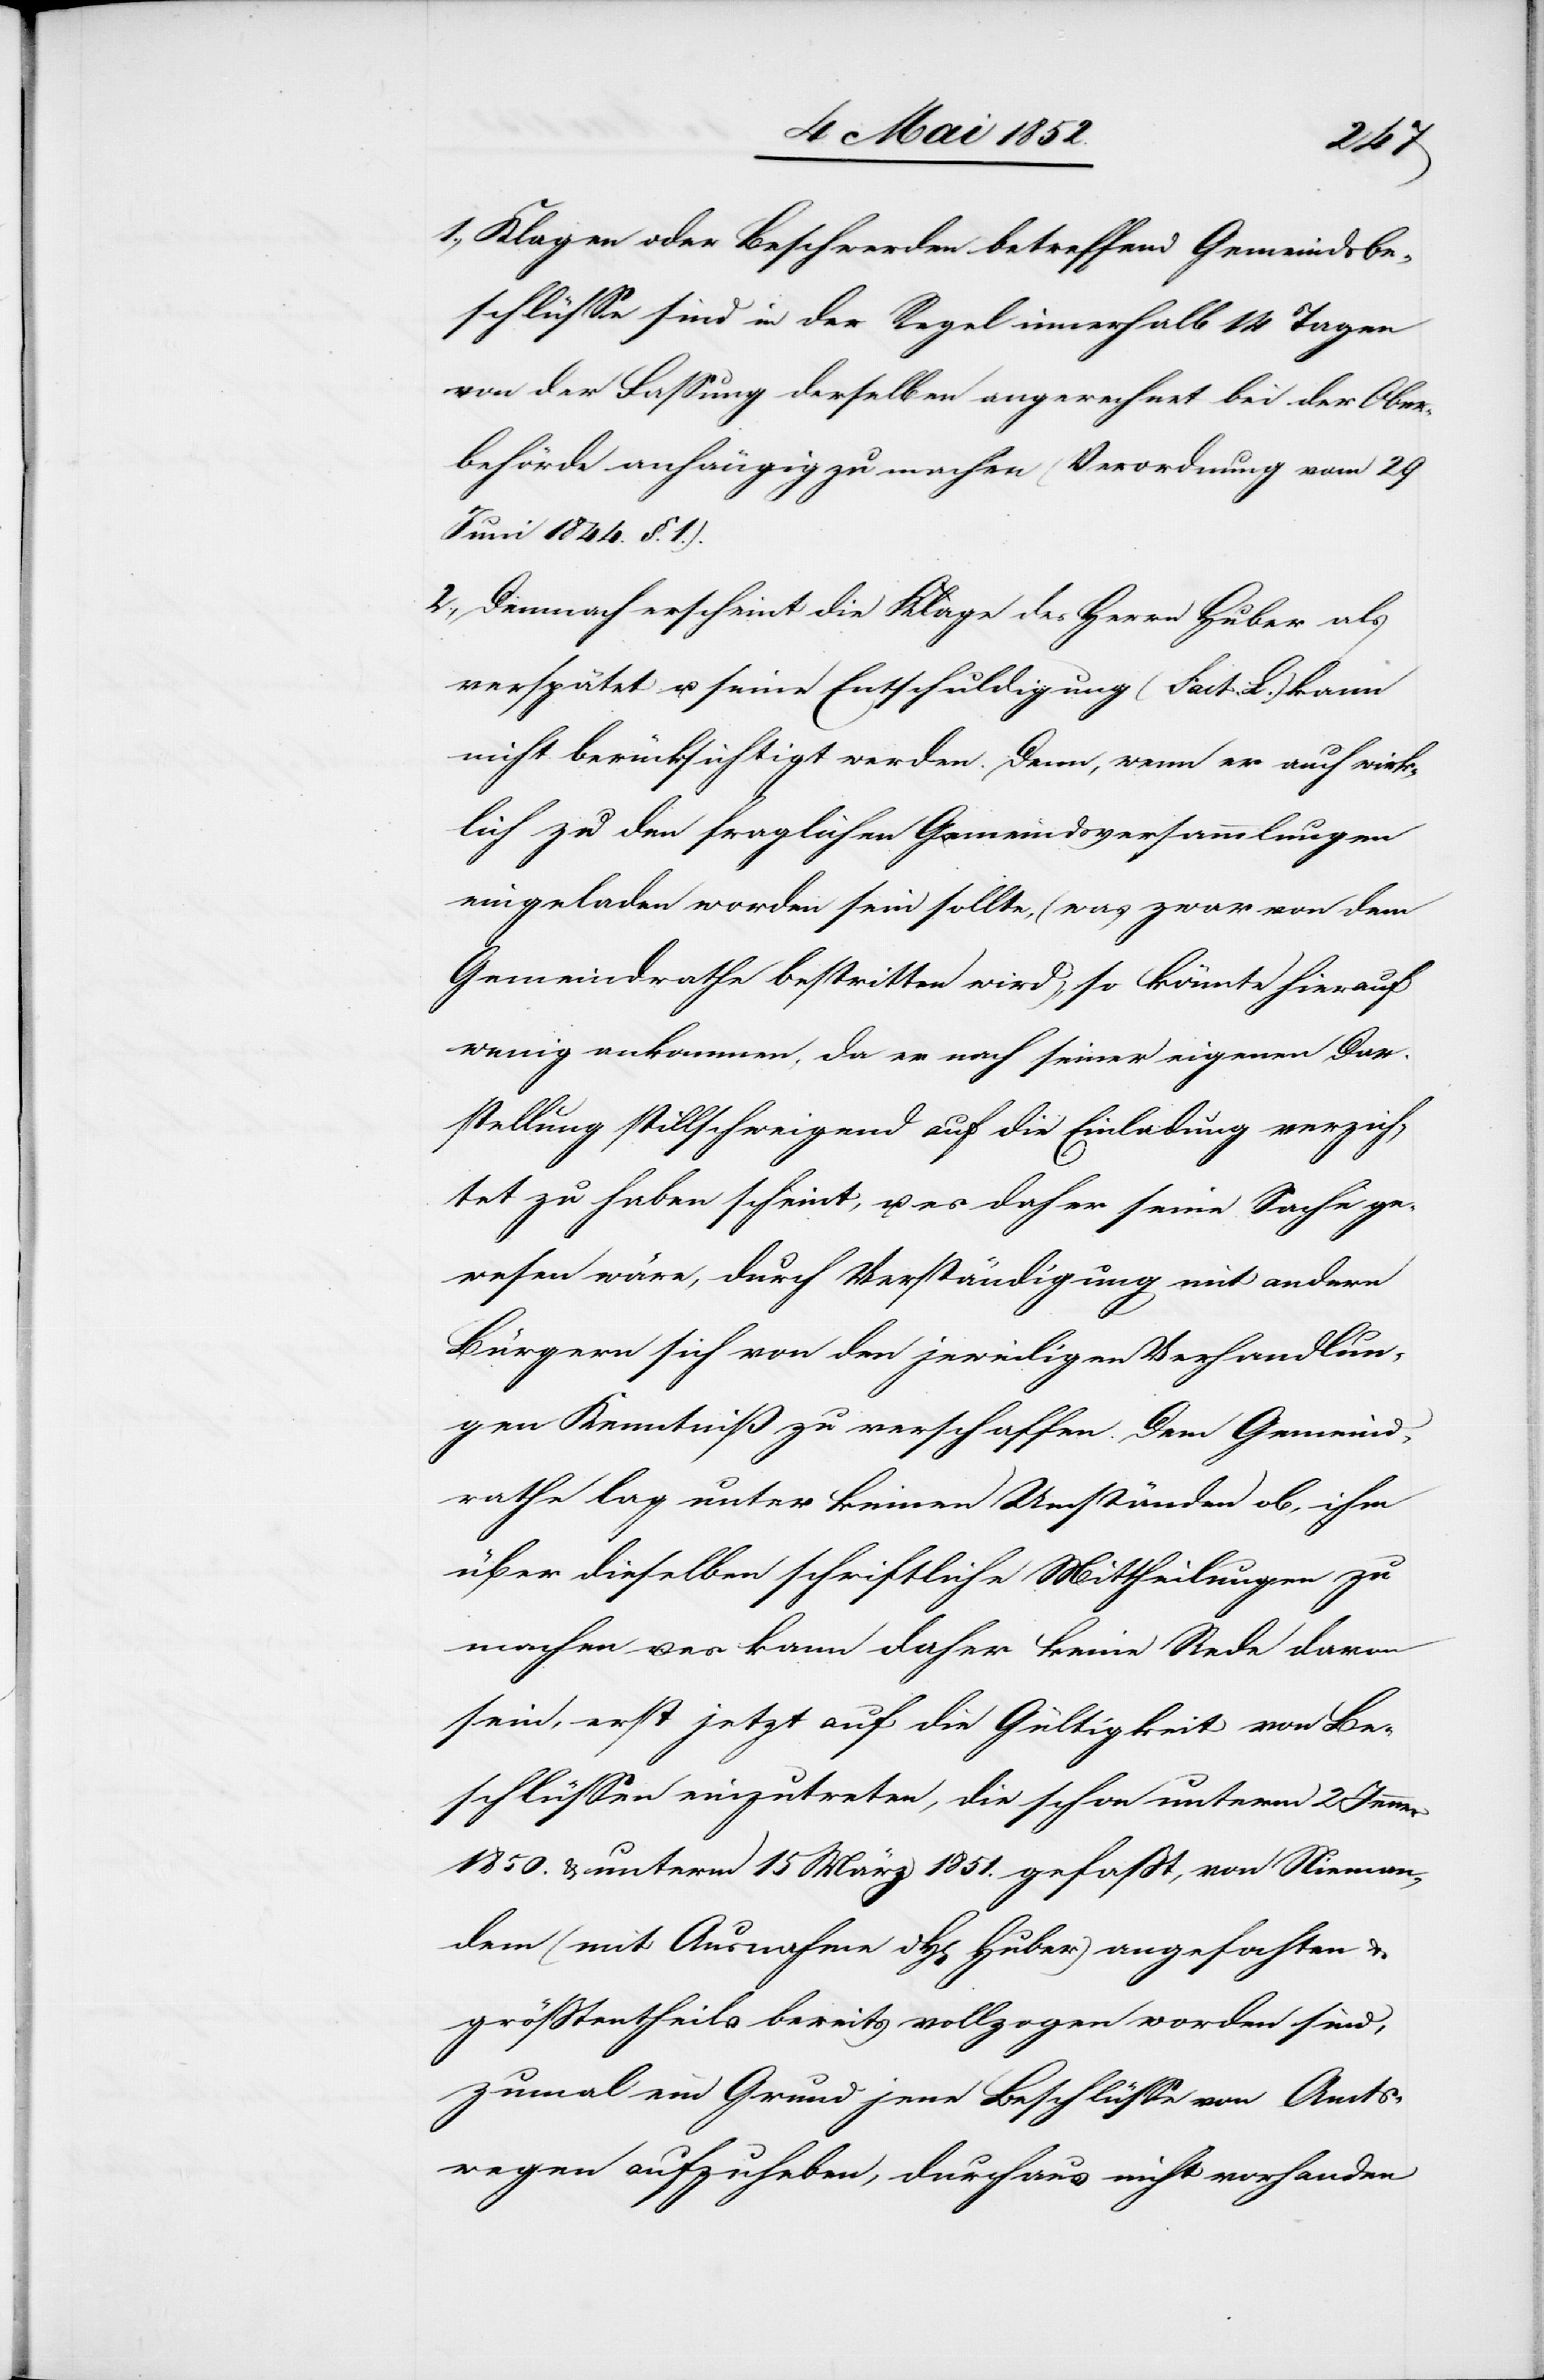
lich
Klagen oder Beschwerden betreffend Gemeindsbe¬
schlüsse sind in der Regel innerhalb 14 Tagen
von der Fassung derselben angerechnet bei der Ober¬
behörde anhängig zu machen (Verordnung vom 29
Juni 1844. §. 1.).
Demnach erscheint die Klage des Herrn Huber als
verspätet u. seine Entschuldigung (Fact. L.) kann
nicht berücksichtigt werden. Denn, wenn er auch wirk¬
[nicht] zu den fraglichen Gemeindsversammlungen
eingeladen worden sein sollte, (was zwar von dem
Gemeindrathe bestritten wird), so könnte hierauf
wenig ankommen, da er nach seiner eigenen Dar¬
stellung stillschweigend auf die Einladung verzich¬
tet zu haben scheint, u. es daher seine Sache ge¬
wesen wäre, durch Verständigung mit andern
Bürgern sich von den jeweiligen Verhandlun¬
gen Kenntniß zu verschaffen. Dem Gemeind¬
rathe lag unter keinen Umständen ob, ihm
über dieselben schriftliche Mittheilungen zu
machen u. es kann daher keine Rede davon
sein, erst jetzt auf die Gültigkeit von Be¬
schlüssen einzutreten, die schon unterm 2 Jenner
1850. & unterm 15 März 1851. gefasst, von Nieman¬
dem (mit Ausnahme d. H[errn] Huber) angefochten &
grösstentheils bereits vollzogen worden sind,
zumal ein Grund jene Beschlüsse von Amts¬
wegen aufzuheben, durchaus nicht vorhanden